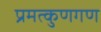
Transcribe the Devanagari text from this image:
प्रमत्कुणगण